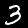
Digit: 3